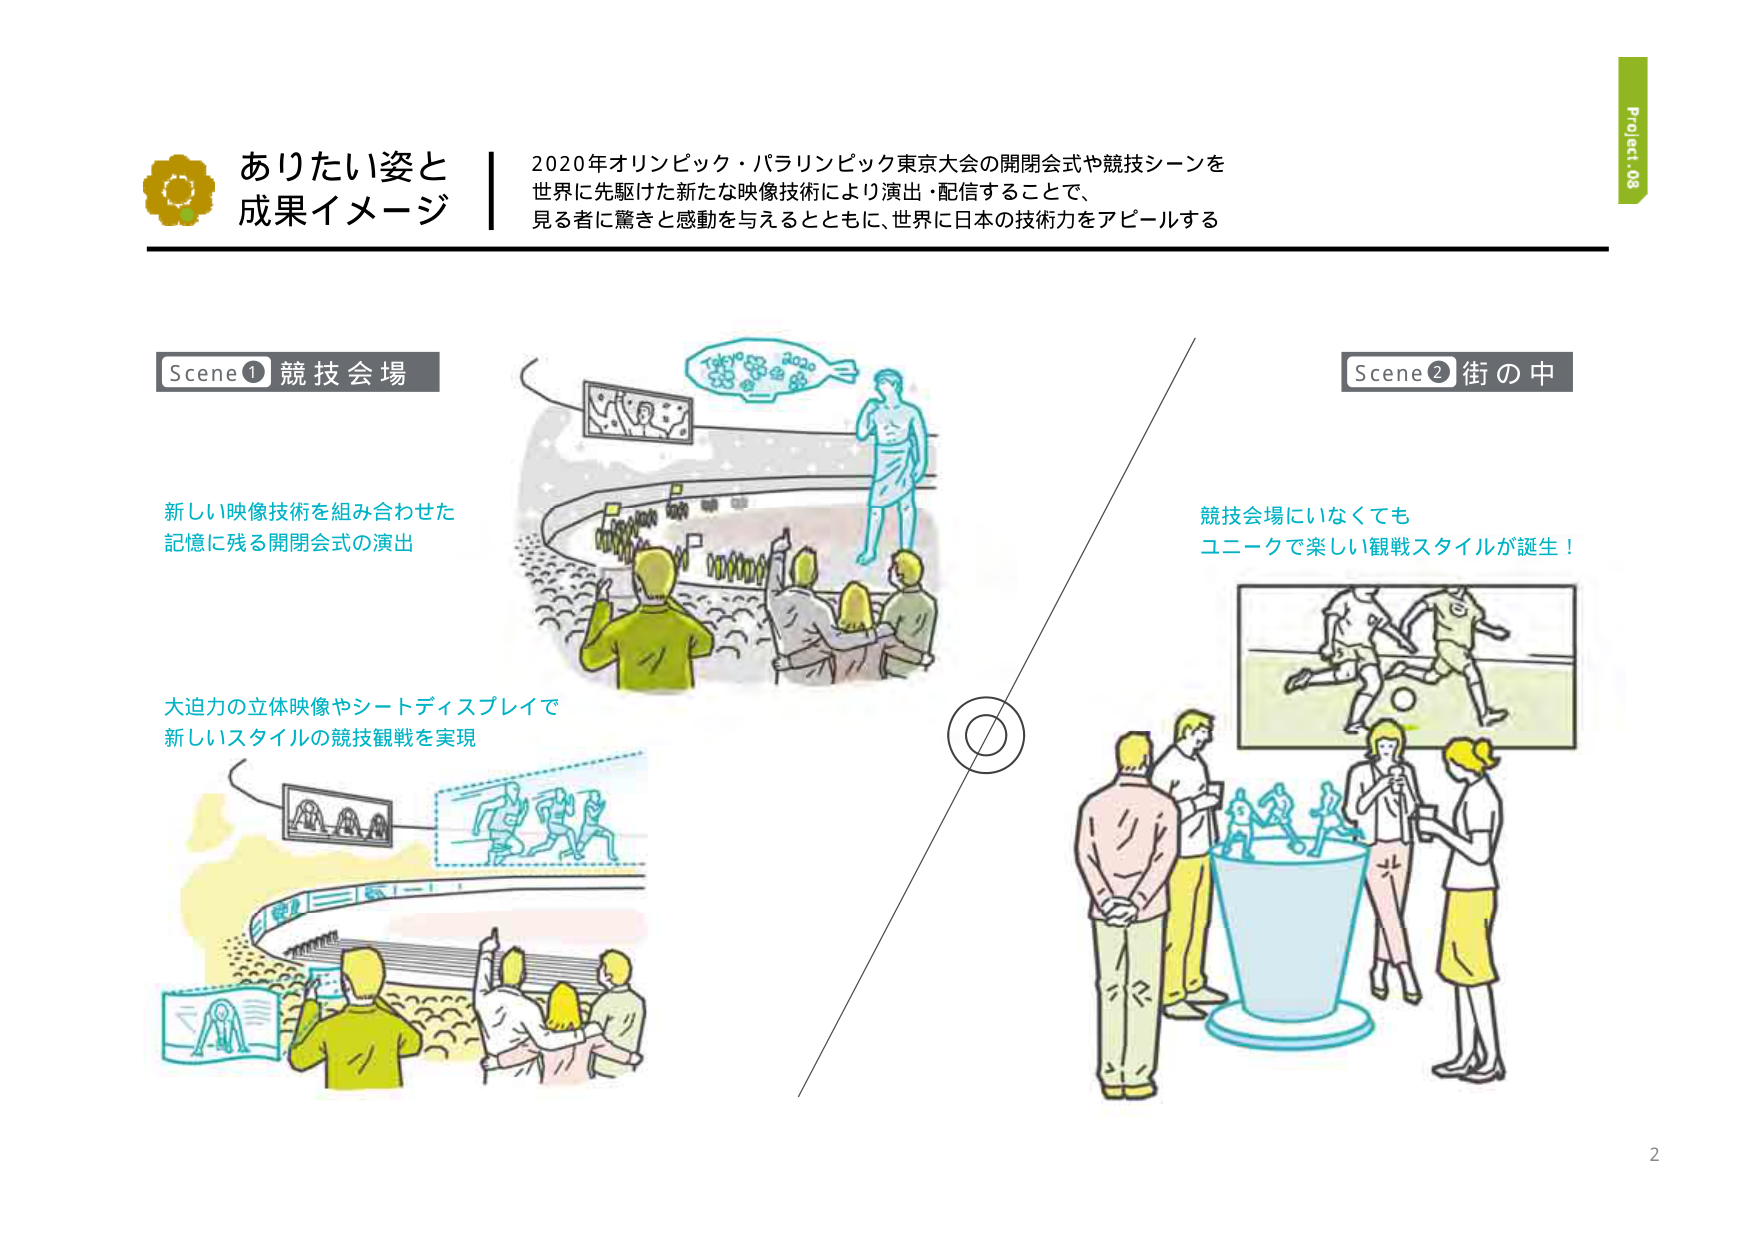
ありたい姿と
成果イメージ

2020年オリンピック・パラリンピック東京大会の開閉会式や競技シーンを
世界に先駆けた新たな映像技術により演出・配信することで、
見る者に驚きと感動を与えるとともに、世界に日本の技術力をアピールする

Scene① 競技会場
新しい映像技術を組み合わせた
記憶に残る開閉会式の演出

大迫力の立体映像やシートディスプレイで
新しいスタイルの競技観戦を実現

Scene② 街の中
競技会場にいなくても
コニークで楽しい観戦スタイルが誕生！

Project 08
2